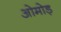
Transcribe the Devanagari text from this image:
ओमोड़